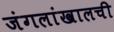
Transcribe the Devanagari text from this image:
जंगलांखालची